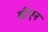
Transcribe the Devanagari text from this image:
ब्रीएन